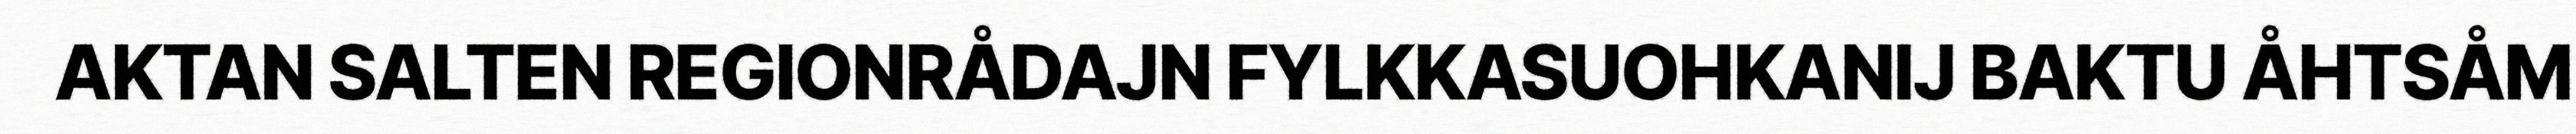
AKTAN SALTEN REGIONRÅDAJN FYLKKASUOHKANIJ BAKTU ÅHTSÅM